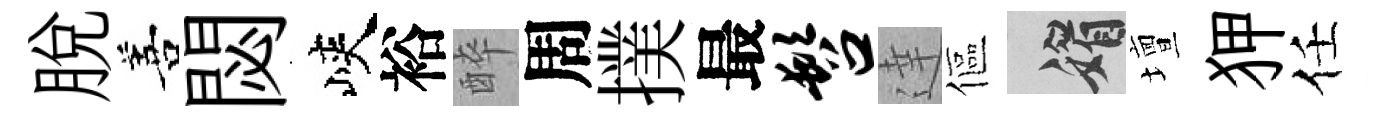
脱善閟峽裕醉周撲最髫達傴媚壇狎任